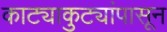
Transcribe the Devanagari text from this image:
काट्याकुट्यांपासून